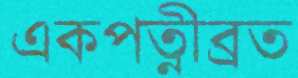
একপত্নীব্রত